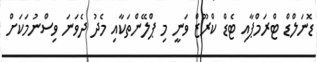
ޑޮނަލްޑް ޓްރަމްޕާއި ޓެޑް ކްރޫޒް ވަނީ މި ޕްލޭންތަކާއި މެދު ދެވަނަ ވިސްނުމަކަށް